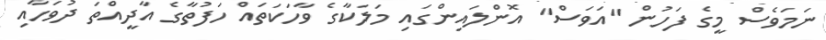
ނަމަވެސް މީގެ ފަހުން "އަވަސް" އޮންލައިންގައި މަލަކާގެ ވާހަކަތައް ހަފުތާގެ އާދީއްތަ ދުވަހާއި